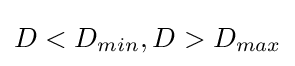
D<D_{min},D>D_{max}